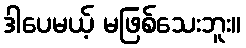
ဒါပေမယ့် မဖြစ်သေးဘူး။